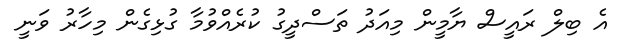
އެ ބިލް ރައީސް ޔާމީން މިއަދު ތަސްދީގު ކުރެއްވުމާ ގުޅިގެން މިހާރު ވަނީ